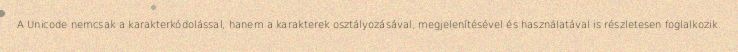
A Unicode nemcsak a karakterkódolással, hanem a karakterek osztályozásával, megjelenítésével és használatával is részletesen foglalkozik.